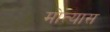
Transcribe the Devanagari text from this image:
मोत्यास